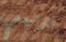
تتراجعي